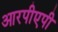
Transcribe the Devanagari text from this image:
आरपीएपी